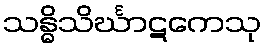
သန္ဓိသိင်္ဃာဋကေသု